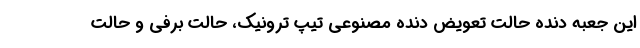
این جعبه دنده حالت تعویض دنده مصنوعی تیپ ترونیک، حالت برفی و حالت